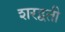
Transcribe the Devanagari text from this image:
शरद्वती